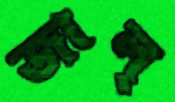
জাল্‌